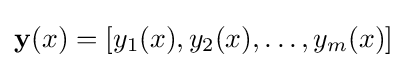
\mathbf {y} (x)=[y_{1}(x),y_{2}(x),\ldots ,y_{m}(x)]